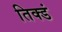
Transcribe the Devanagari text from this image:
तिक्डं